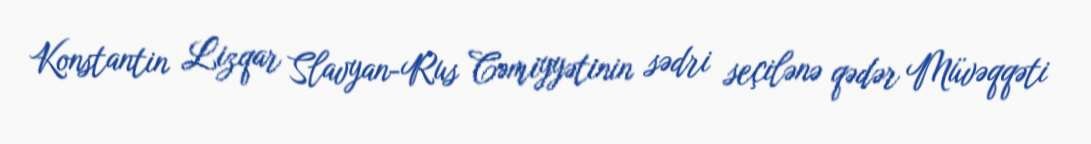
Konstantin Lizqar Slavyan-Rus Cəmiyyətinin sədri seçilənə qədər Müvəqqəti